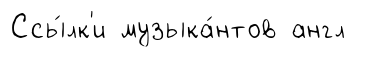
Ссы́лк'и музыка́нтов англ